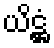
ယိဋ္ဌံ